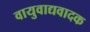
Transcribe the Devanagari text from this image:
वायुवाद्यवादक